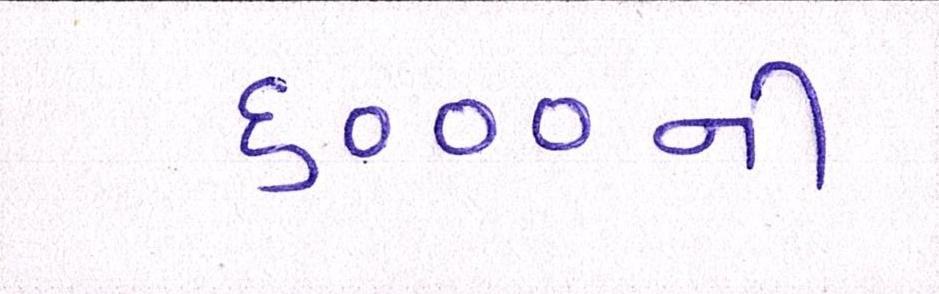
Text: ૬૦૦૦ની